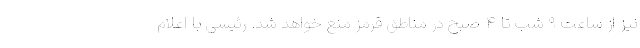
نیز از ساعت ۹ شب تا ۴ صبح در مناطق قرمز منع خواهد شد. رئیسی با اعلام